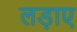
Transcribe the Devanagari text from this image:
लड़ाए